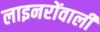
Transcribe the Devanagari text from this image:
लाइनरोंवाली